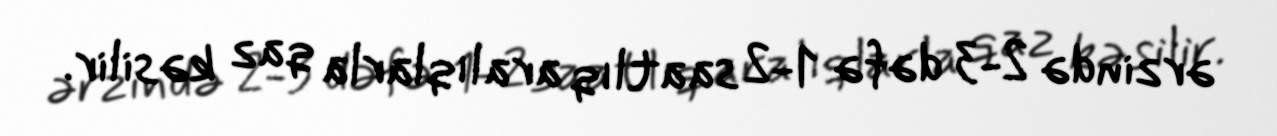
ərzində 2-3 dəfə 1-2 saatlıq aralıqlarla qaz kəsilir.